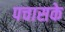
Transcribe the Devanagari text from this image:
पचासके